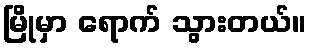
မြိုမှာ ရောက် သွားတယ်။